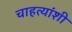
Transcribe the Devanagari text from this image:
चाहत्यांशी